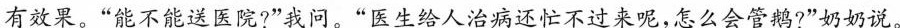
有效果。”能不能送医院?”我问。”医生给人治病还忙不过来呢，怎么会管鹅?”奶奶说。